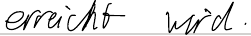
erreicht wird.